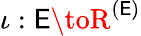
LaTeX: \iota:\mathsf{E}\toR^{(\mathsf{E})}